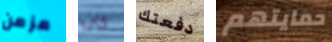
مزمن كان دفعتك حمايتهم